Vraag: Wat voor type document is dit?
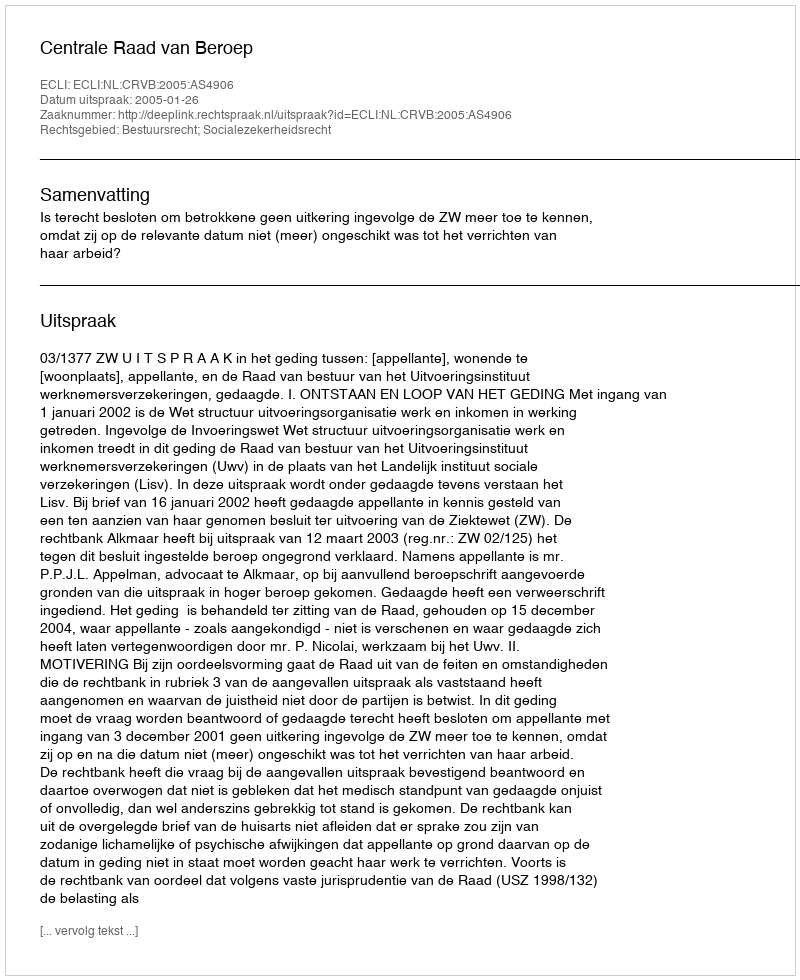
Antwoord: Uitspraak